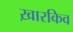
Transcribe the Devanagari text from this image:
ख़ारकिव